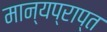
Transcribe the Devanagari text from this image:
मान्यप्राप्त